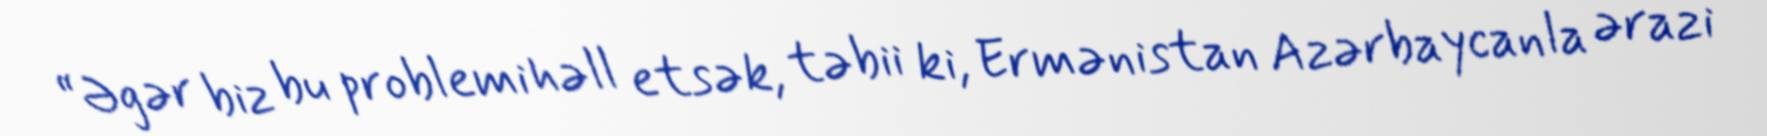
“Əgər biz bu problemi həll etsək, təbii ki, Ermənistan Azərbaycanla ərazi